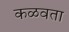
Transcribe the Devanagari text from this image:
कळवता